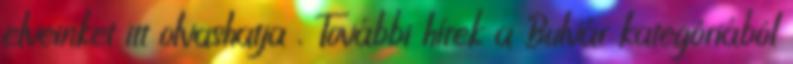
elveinket itt olvashatja . További hírek a Bulvár kategóriából